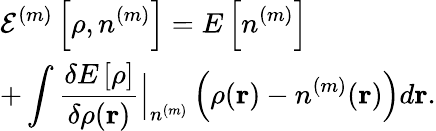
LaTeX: \begin{array}{l}{{\displaystyle{\cal E}^{(m)}\left[\rho,n^{(m)}\right]=E\left[n^{(m)}\right]}\ ~}\\ {{\displaystyle+\int\frac{\delta E\left[\rho\right]}{\delta\rho({\mathbf r})}\Big\vert_{n^{(m)}}\left(\rho({\mathbf r})-n^{(m)}({\mathbf r})\right)d{\mathbf r}}.}\end{array}